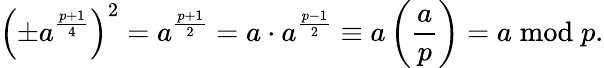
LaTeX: \left(\pm a^{\frac{p+1}{4}}\right)^{2}=a^{\frac{p+1}{2}}=a\cdot a^{\frac{p-1}{2}}\equiv a\left({\frac{a}{p}}\right)=a{\bmod{p}}.